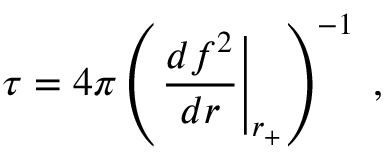
\tau = 4 \pi \left( \left. \frac { d f ^ { 2 } } { d r } \right| _ { r _ { + } } \right) ^ { - 1 } \; ,